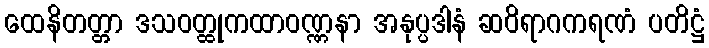
ထေနိတတ္တာ ဒသဝတ္ထုကထာဝဏ္ဏနာ အနုပ္ပဒါနံ ဆဝိရာဂကရဏံ ပတိဋ္ဌံ